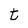
Character: t